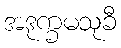
အဒုက္ခမသုခီ